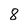
Character: 8